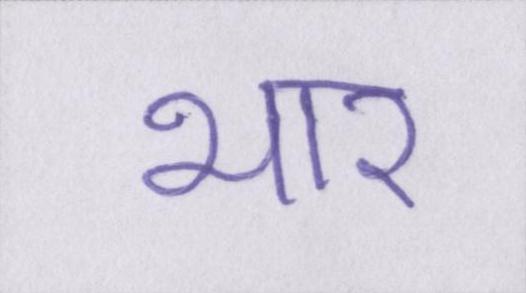
भार